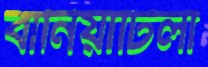
বানিয়াটিলা